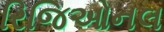
રિજિઓનલ